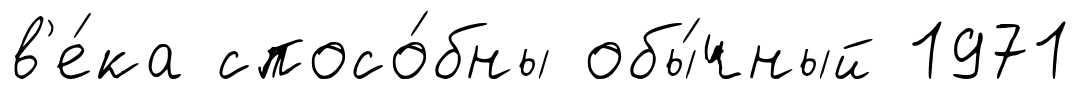
в'е́ка спосо́бны обы́чный 1971